Report of an investigation of the epidemic of malarial fever in Assam, or, kala-azar
Disease focus: Malaria
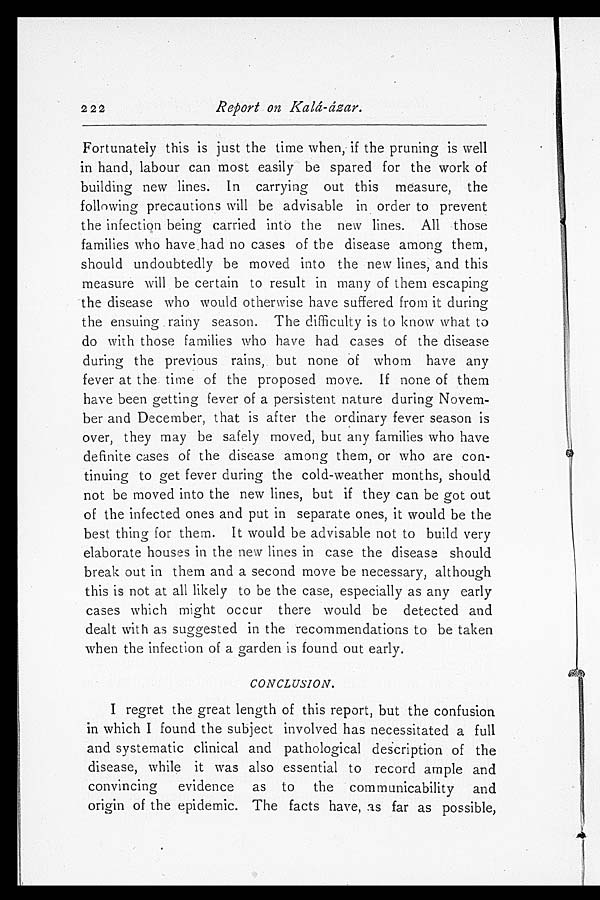
222
Report on Kalá-ázar.
Fortunately this is just the time when, if the pruning is well
in hand, labour can most easily be spared for the work of
building new lines. In carrying out this measure, the
following precautions will be advisable in order to prevent
the infection being carried into the new lines. All those
families who have had no cases of the disease among them,
should undoubtedly be moved into the new lines, and this
measure will be certain to result in many of them escaping
the disease who would otherwise have suffered from it during
the ensuing rainy season. The difficulty is to know what to
do with those families who have had cases of the disease
during the previous rains, but none of whom have any
fever at the time of the proposed move. If none of them
have been getting fever of a persistent nature during Novem
-ber and December, that is after the ordinary fever season is
over, they may be safely moved, but any families who have
definite cases of the disease among them, or who are con
-tinuing to get fever during the cold-weather months, should
not be moved into the new lines, but if they can be got out
of the infected ones and put in separate ones, it would be the
best thing for them. It would be advisable not to build very
elaborate houses in the new lines in case the disease should
break out in them and a second move be necessary, although
this is not at all likely to be the case, especially as any early
cases which might occur there would be detected and
dealt with as suggested in the recommendations to be taken
when the infection of a garden is found out early.
CONCLUSION.
I regret the great length of this report, but the confusion
in which I found the subject involved has necessitated a full
and systematic clinical and pathological description of the
disease, while it was also essential to record ample and
convincing evidence as to the communicability and
origin of the epidemic. The facts have, as far as possible,